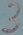
Text: 3